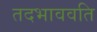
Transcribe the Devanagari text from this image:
तदभाववति